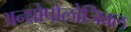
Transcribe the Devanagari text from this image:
अन्थ्रोपोलोजिक्ल